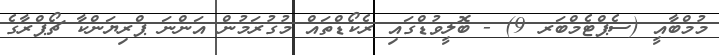
މުމްބާއީ (ސެޕްޓެމްބަރ 9) - ބޮލީވުޑްގައި ރެކޯޑްތައް މުގުރަމުން އަންނަ ޕްރިޔަންކާ ޗޯޕްރާގެ